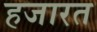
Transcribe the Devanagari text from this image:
हजारत